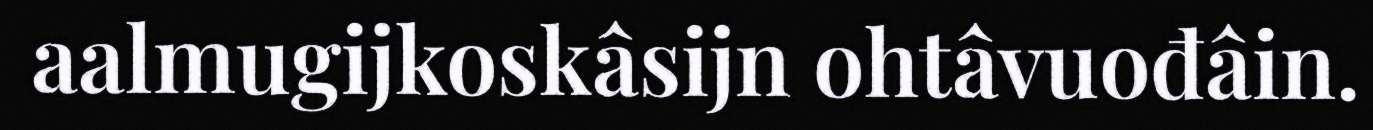
aalmugijkoskâsijn ohtâvuođâin.